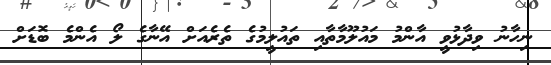
ނިހާނު ވިދާޅުވީ އާންމު މައުލޫމާތާއި ތައުލީމުގެ ތެރެއަށް އޭނާގެ ލޯ އެންމެ ބޮޑަށް